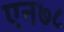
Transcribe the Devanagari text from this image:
एन७८